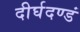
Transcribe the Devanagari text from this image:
दीर्घदण्डं